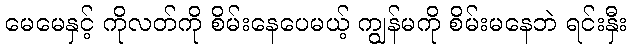
မေမေနှင့် ကိုလတ်ကို စိမ်းနေပေမယ့် ကျွန်မကို စိမ်းမနေဘဲ ရင်းနှီး